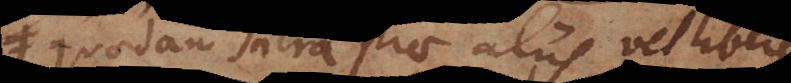
quaedam sacra prae aliis vel libere